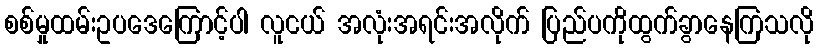
စစ်မှုထမ်းဥပဒေကြောင့်ပါ လူငယ် အလုံးအရင်းအလိုက် ပြည်ပကိုထွက်ခွာနေကြသလို